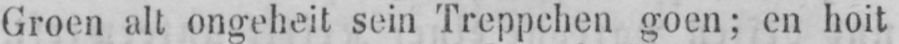
Groen alt ongeheit sein Treppchen goen; en hoit